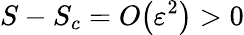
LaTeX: S-S_{c}={O}\! \left({\varepsilon}^{2}\right)>0